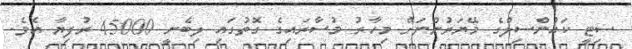
ސިޓީ ކައުންސިލްގެ މޭޔަރުންނަށް މިހާރު މުސާރައިގެ ގޮތުގައި ލިބެނީ 45000 ރުފިޔާ އެވެ.